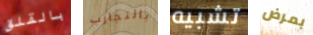
بالقلق بالتجارب تشبيه بمرض